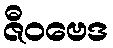
ဇီဝဗေဒ